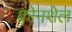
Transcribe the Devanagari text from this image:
कोनशेल